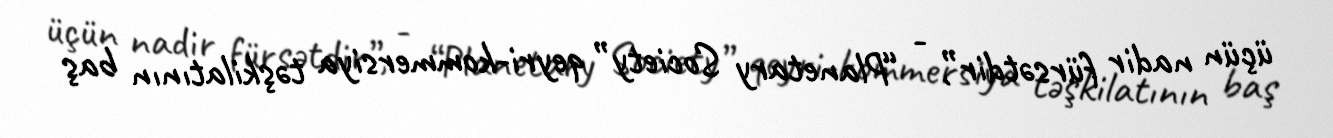
üçün nadir fürsətdir”, - “Planetary Society” qeyri-kommersiya təşkilatının baş